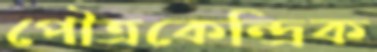
পৌত্রকেন্দ্রিক